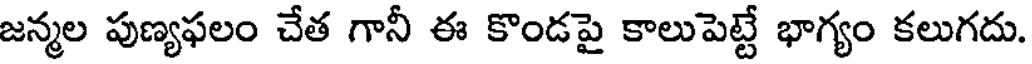
జన్మల పుణ్యఫలం చేత గానీ ఈ కొండపై కాలుపెట్టే భాగ్యం కలుగదు.